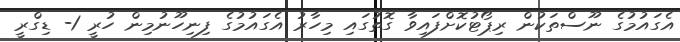
އެގައުމުގެ ނޫސްތަކުން ރިޕޯޓުކޮށްފައިވާ ގޮތުގައި މިހާރު އެގައުމުގެ ފިނިހޫނުމިން ހުރީ 1- ޑިގްރީ